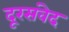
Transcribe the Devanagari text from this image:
दूरसंवेद